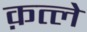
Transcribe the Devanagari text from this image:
क़त्ले